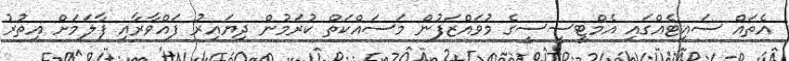
އެތައް ސައިޓެއްގައި އެމްޓީސީސީގެ މުވައްޒަފުން މަސައްކަތް ކުރަމުން ދިޔައިރު ފައްވާރާއި ފާލަމަށް އިތުރު